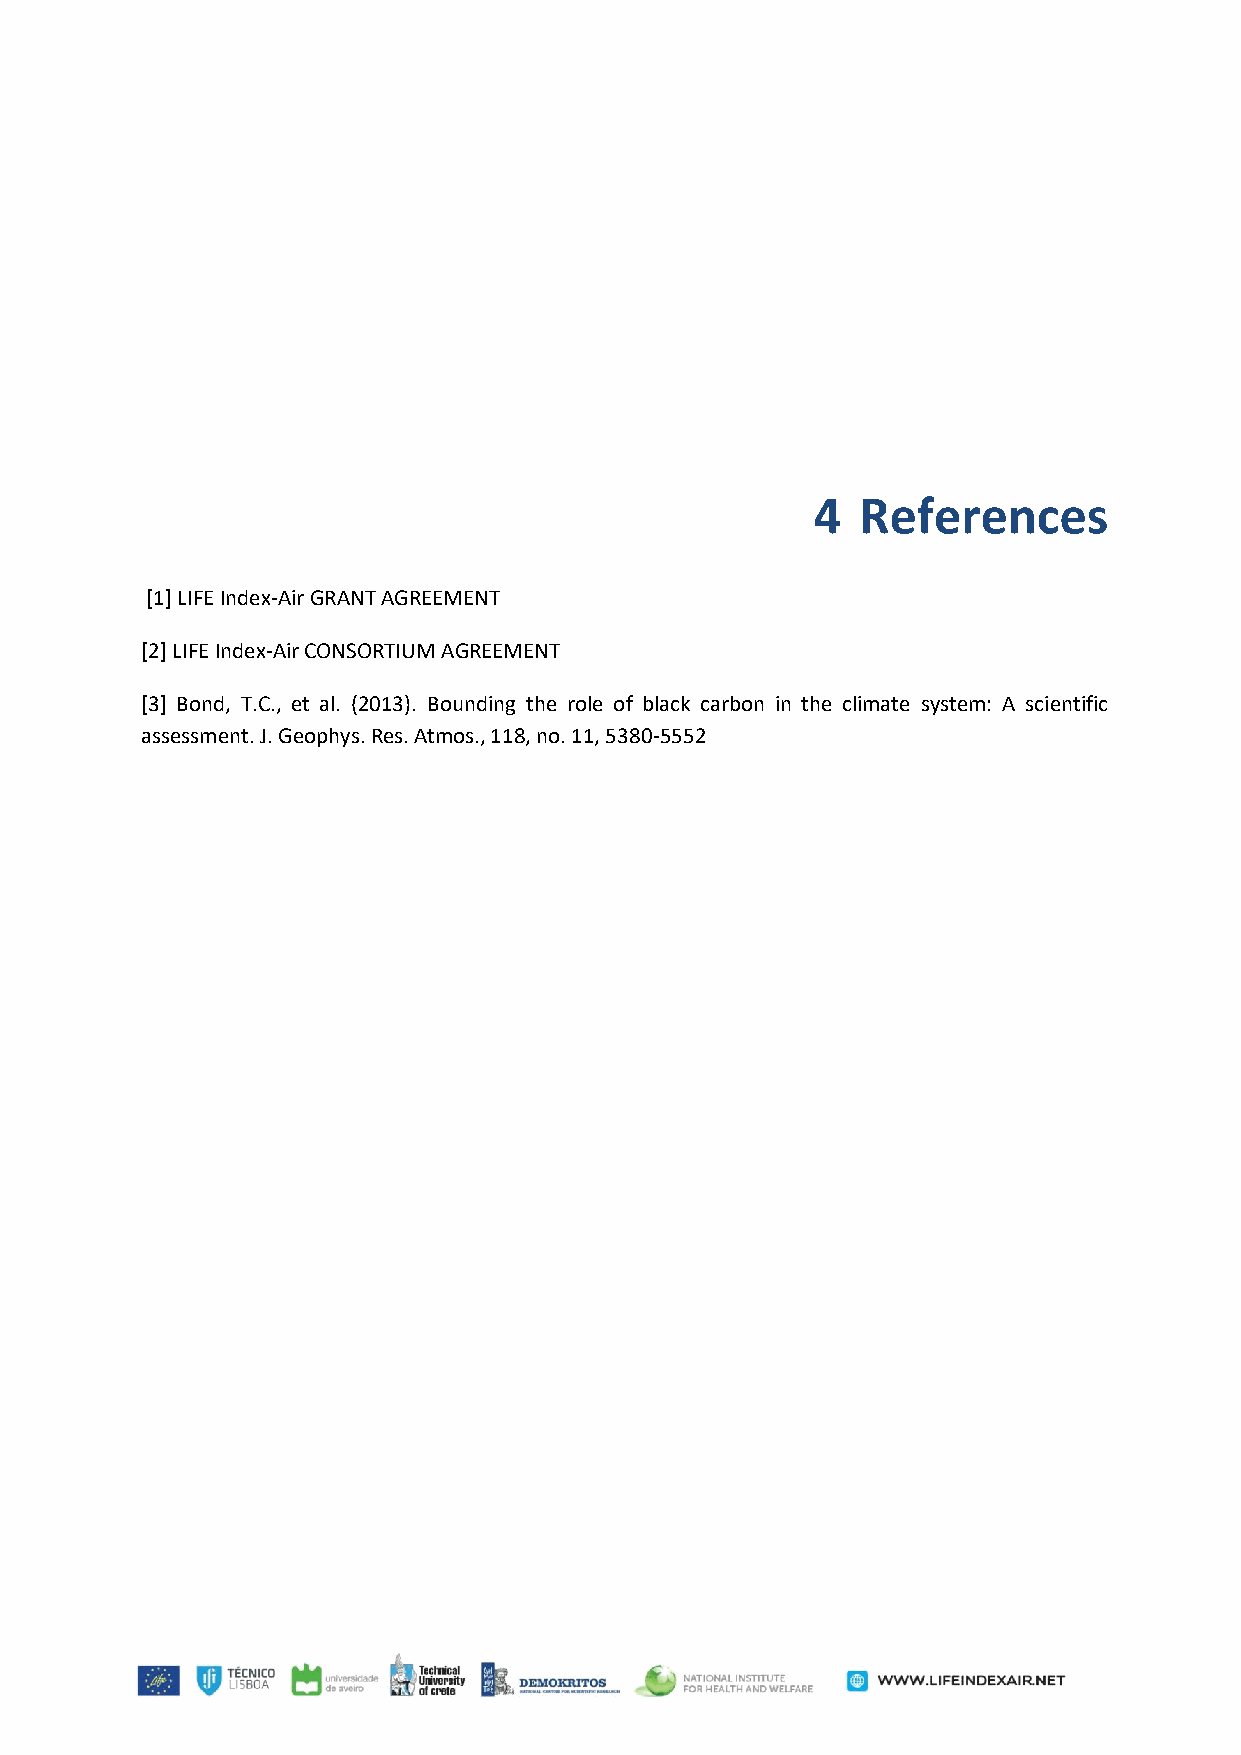
4  References
 [1] LIFE Index-Air GRANT AGREEMENT
 [2] LIFE Index-Air CONSORTIUM AGREEMENT
 [3] Bond, T.C., et al. (2013). Bounding the role of black carbon in the climate system: A scientific
 assessment. J. Geophys. Res. Atmos., 118, no. 11, 5380-5552